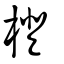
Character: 橙